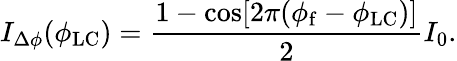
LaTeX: I_{\Delta\phi}(\phi_{\mathrm{LC}})=\frac{1-\cos[2\pi(\phi_{\mathrm{f}}-\phi_{\mathrm{LC}})]}{2}I_{0}.